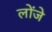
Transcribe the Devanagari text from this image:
लोंजे